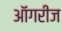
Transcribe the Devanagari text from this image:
ऑगरीज